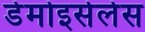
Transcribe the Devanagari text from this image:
डेमोइसेलेस